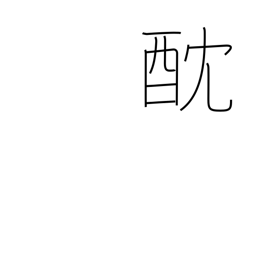
Meaning: poison